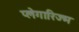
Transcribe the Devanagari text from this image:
प्लेगारिज्म